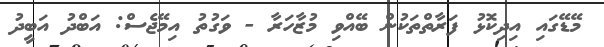
މޭޑޭގައި އިދިކޮޅު ފަރާތްތަކުން ބޭއްވި މުޒާހަރާ - ވަގުތު އިމޭޖެސް: އަބްދު އަބީދު